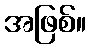
အဖြစ်။